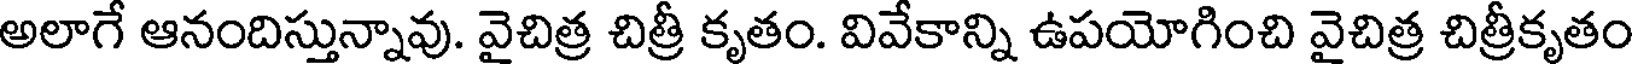
అలాగే ఆనందిస్తున్నావు. వైచిత్ర చిత్రీ కృతం. వివేకాన్ని ఉపయోగించి వైచిత్ర చిత్రీకృతం